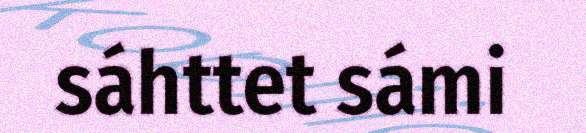
sáhttet sámi